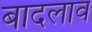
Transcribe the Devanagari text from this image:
बादलाव